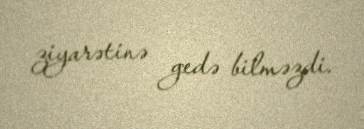
ziyarətinə gedə bilməzdi.